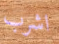
اشرب